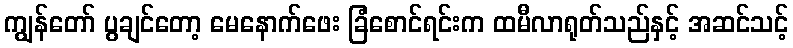
ကျွန်တော် ပွချင်တော့ မေနောက်ဖေး ခြံစောင်ရင်းက ထမီလာရုတ်သည်နှင့် အဆင်သင့်